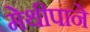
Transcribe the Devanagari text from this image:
मेथीपाने